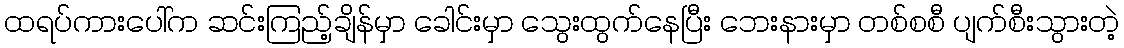
ထရပ်ကားပေါ်က ဆင်းကြည့်ချိန်မှာ ခေါင်းမှာ သွေးထွက်နေပြီး ဘေးနားမှာ တစ်စစီ ပျက်စီးသွားတဲ့